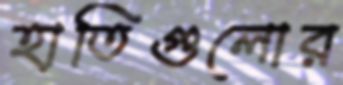
হাতিগুলোর